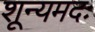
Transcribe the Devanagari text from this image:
शून्यमदः